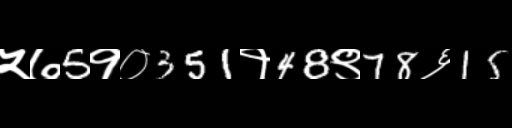
Text: ५७5१०351१48९78६15